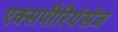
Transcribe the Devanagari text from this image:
एक्‍सपीरियंसेज